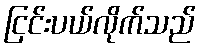
ငြင်းပယ်လိုက်သည်